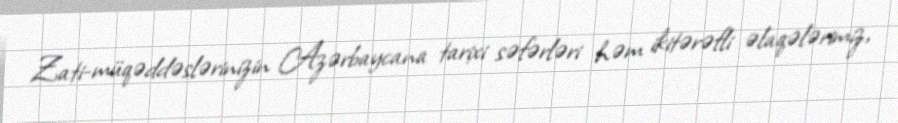
Zati-müqəddəslərinizin Azərbaycana tarixi səfərləri həm ikitərəfli əlaqələrimiz,